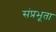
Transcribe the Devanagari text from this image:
संप्रभूता